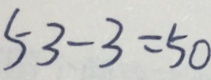
5 3 - 3 = 5 0